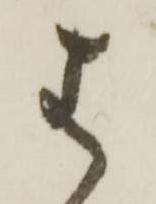
は